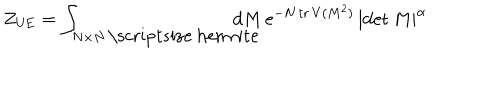
LaTeX: Z _ { \mathrm { U E } } = \int _ { N \times N \, \mathrm { \scriptsize ~ h e r m i t e } } \! \! \! \! \! \! \! \! \! \! d M \, \mathrm { e } ^ { - N \, \mathrm { t r } \, V ( M ^ { 2 } ) } \, | \mathrm { d e t } \, M | ^ { \alpha }